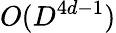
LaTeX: O(D^{4d-1})